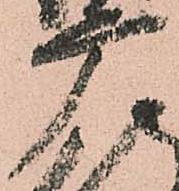
广